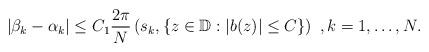
LaTeX: \begin{align*} |\beta_k-\alpha_k|\leq C_1\frac{2\pi}{N}\left( s_k, \{ z \in \mathbb{D}: |b(z)|\leq C\}\right)\ , k=1, \ldots, N . \end{align*}